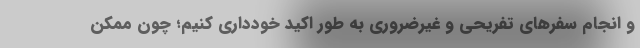
و انجام سفرهای تفریحی و غیرضروری به طور اکید خودداری کنیم؛ چون ممکن